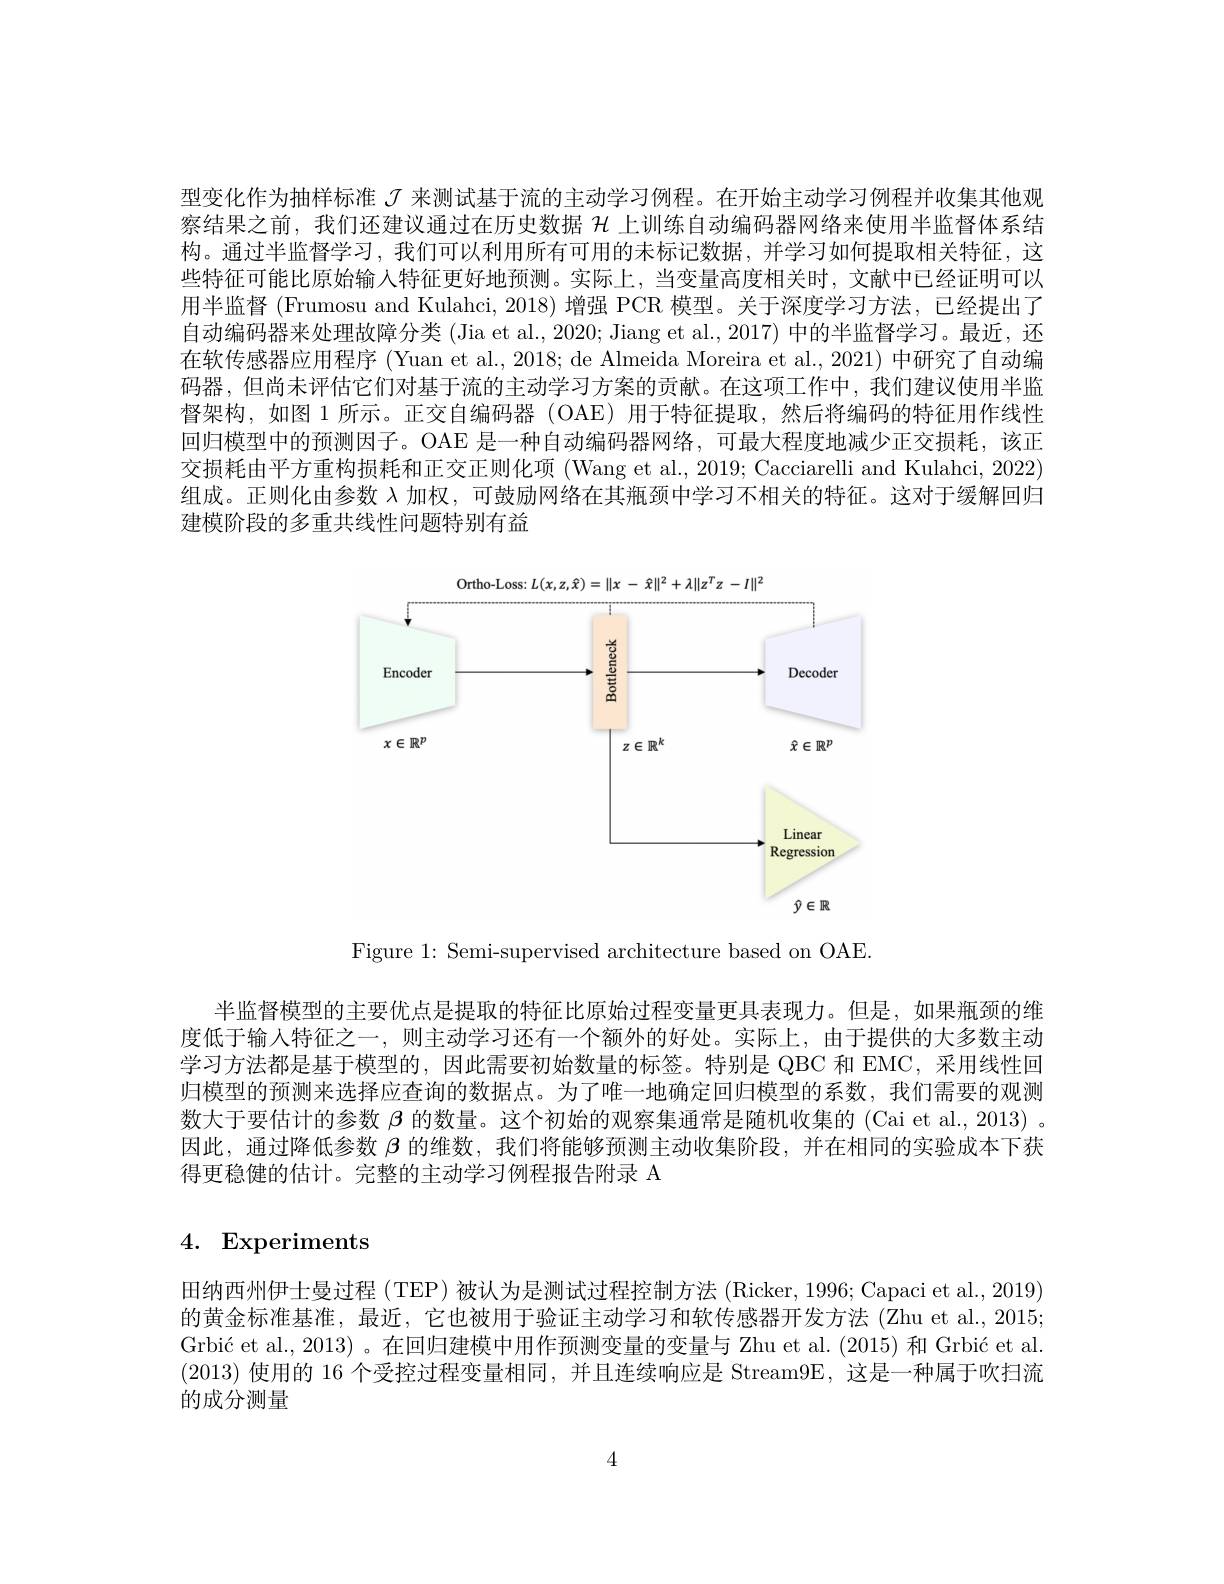
型变化作为抽样标准$J$来测试基于流的主动学习例程。在开始主动学习例程并收集其他观察结果之前，我们还建议通过在历史数据$\mathcal{H}$上训练自动编码器网络来使用半监督体系结构。通过半监督学习，我们可以利用所有可用的未标记数据，并学习如何提取相关特征，这些特征可能比原始输入特征更好地预测。实际上，当变量高度相关时，文献中已经证明可以用半监督 (Frumosu and Kulahci, 2018)增强 PCR 模型。关于深度学习方法，已经提出了自动编码器来处理故障分类 (Jia et al., 2020; Jiang et al., 2017) 中的半监督学习。最近，还在软传感器应用程序 (Yuan et al., 2018; de Almeida Moreira et al., 2021) 中研究了自动编码器，但尚未评估它们对基于流的主动学习方案的贡献。在这项工作中，我们建议使用半监督架构，如图 1 所示。正交自编码器 (OAE) 用于特征提取，然后将编码的特征用作线性回归模型中的预测因子。OAE 是一种自动编码器网络，可最大程度地减少正交损耗，该正交损耗由平方重构损耗和正交正则化项 (Wang et al., 2019; Cacciarelli and Kulahci, 2022) 组成。正则化由参数$\lambda$加权，可鼓励网络在其瓶颈中学习不相关的特征。这对于缓解回归建模阶段的多重共线性问题特别有益

<FigureHere>

Figure 1: Semi-supervised architecture based on OAE

半监督模型的主要优点是提取的特征比原始过程变量更具表现力。但是，如果瓶颈的维度低于输入特征之一 ,则主动学习还有一个额外的好处。实际上，由于提供的大多数主动学习方法都是基于模型的，因此需要初始数量的标签。特别是 QBC 和 EMC, 采用线性回归模型的预测来选择应查询的数据点。为了唯一地确定回归模型的系数，我们需要的观测数大于要估计的参数$\beta$的数量。这个初始的观察集通常是随机收集的 (Cai et al.,2013) 。因此，通过降低参数$\beta$的维数，我们将能够预测主动收集阶段，并在相同的实验成本下获得更稳健的估计。完整的主动学习例程报告附录 A

4. Experiments

田纳西州伊士曼过程 (TEP) 被认为是测试过程控制方法 (Ricker, 1996; Capaci et al., 2019) 的黄金标准基准，最近，它也被用于验证主动学习和软传感器开发方法 (Zhu et al., 2015; Grbić et al., 2013) 。在回归建模中用作预测变量的变量与 Zhu et al. (2015) 和 Grbić et al. (2013)使用的 16 个受控过程变量相同，并且连续响应是 Stream9E,这是一种属于吹扫流的成分测量

4